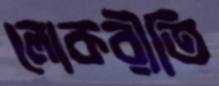
লোকরীতি